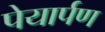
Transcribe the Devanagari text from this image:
पेयार्पण